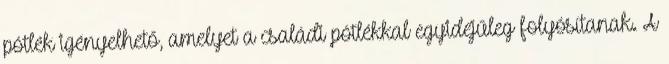
pótlék igényelhető, amelyet a családi pótlékkal egyidejűleg folyósítanak. A